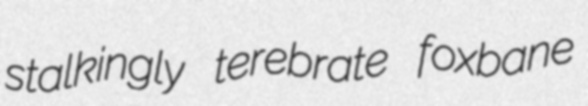
stalkingly terebrate foxbane